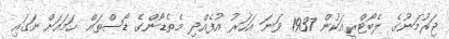
ޖަރުމަނުގެ ލެބޯޓްރީއަކުން 1937 ވަނަ އަހަރު އުފެއްދި މެތެޑޯންގެ ޑޯސްތައް ހަމައަށް ނަގައި